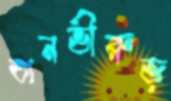
তানভীরুজ্